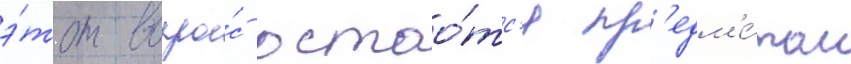
э́тот вопро́с остао́тс'я пр'едм'е́том